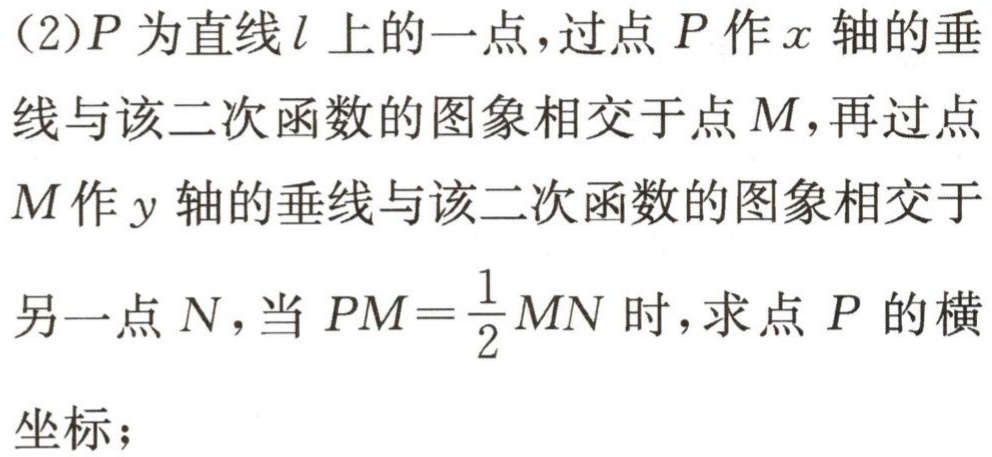
(2)$P$为直线$l$上的一点，过点$P$作$x$轴的垂线与该二次函数的图象相交于点$M$，再过点$M$作$y$轴的垂线与该二次函数的图象相交于另一点$N$，当$PM = \frac{1}{2}MN$时，求点$P$的横坐标；